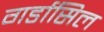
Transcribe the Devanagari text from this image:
गर्डासिल